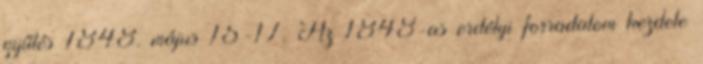
gyűlés 1848. május 15-17. Az 1848-as erdélyi forradalom kezdete